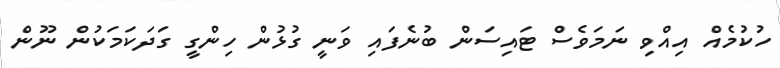
ހުކުމެއް އިއްވި ނަމަވެސް ޓައިސަން ބުނެފައި ވަނީ ގުޅުން ހިންގީ ގަދަކަމަކުން ނޫން